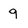
Character: 9